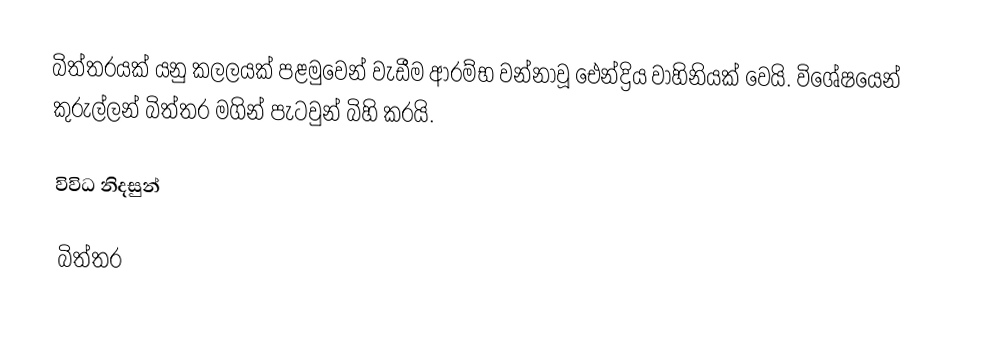
බිත්තරයක් යනු කලලයක් පළමුවෙන් වැඩීම ආරම්භ වන්නාවූ ඓන්ද්‍රිය වාහිනියක් වෙයි. විශේෂයෙන් කුරුල්ලන් බිත්තර මගින් පැටවුන් බිහි කරයි.

විවිධ නිදසුන්

බිත්තර